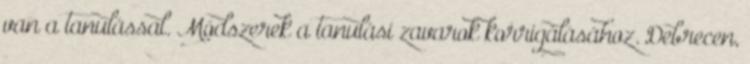
van a tanulással. Módszerek a tanulási zavarok korrigálásához. Debrecen,